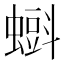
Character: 𧐝